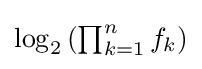
\textstyle \log _{2}\left(\prod _{k=1}^{n}f_{k}\right)